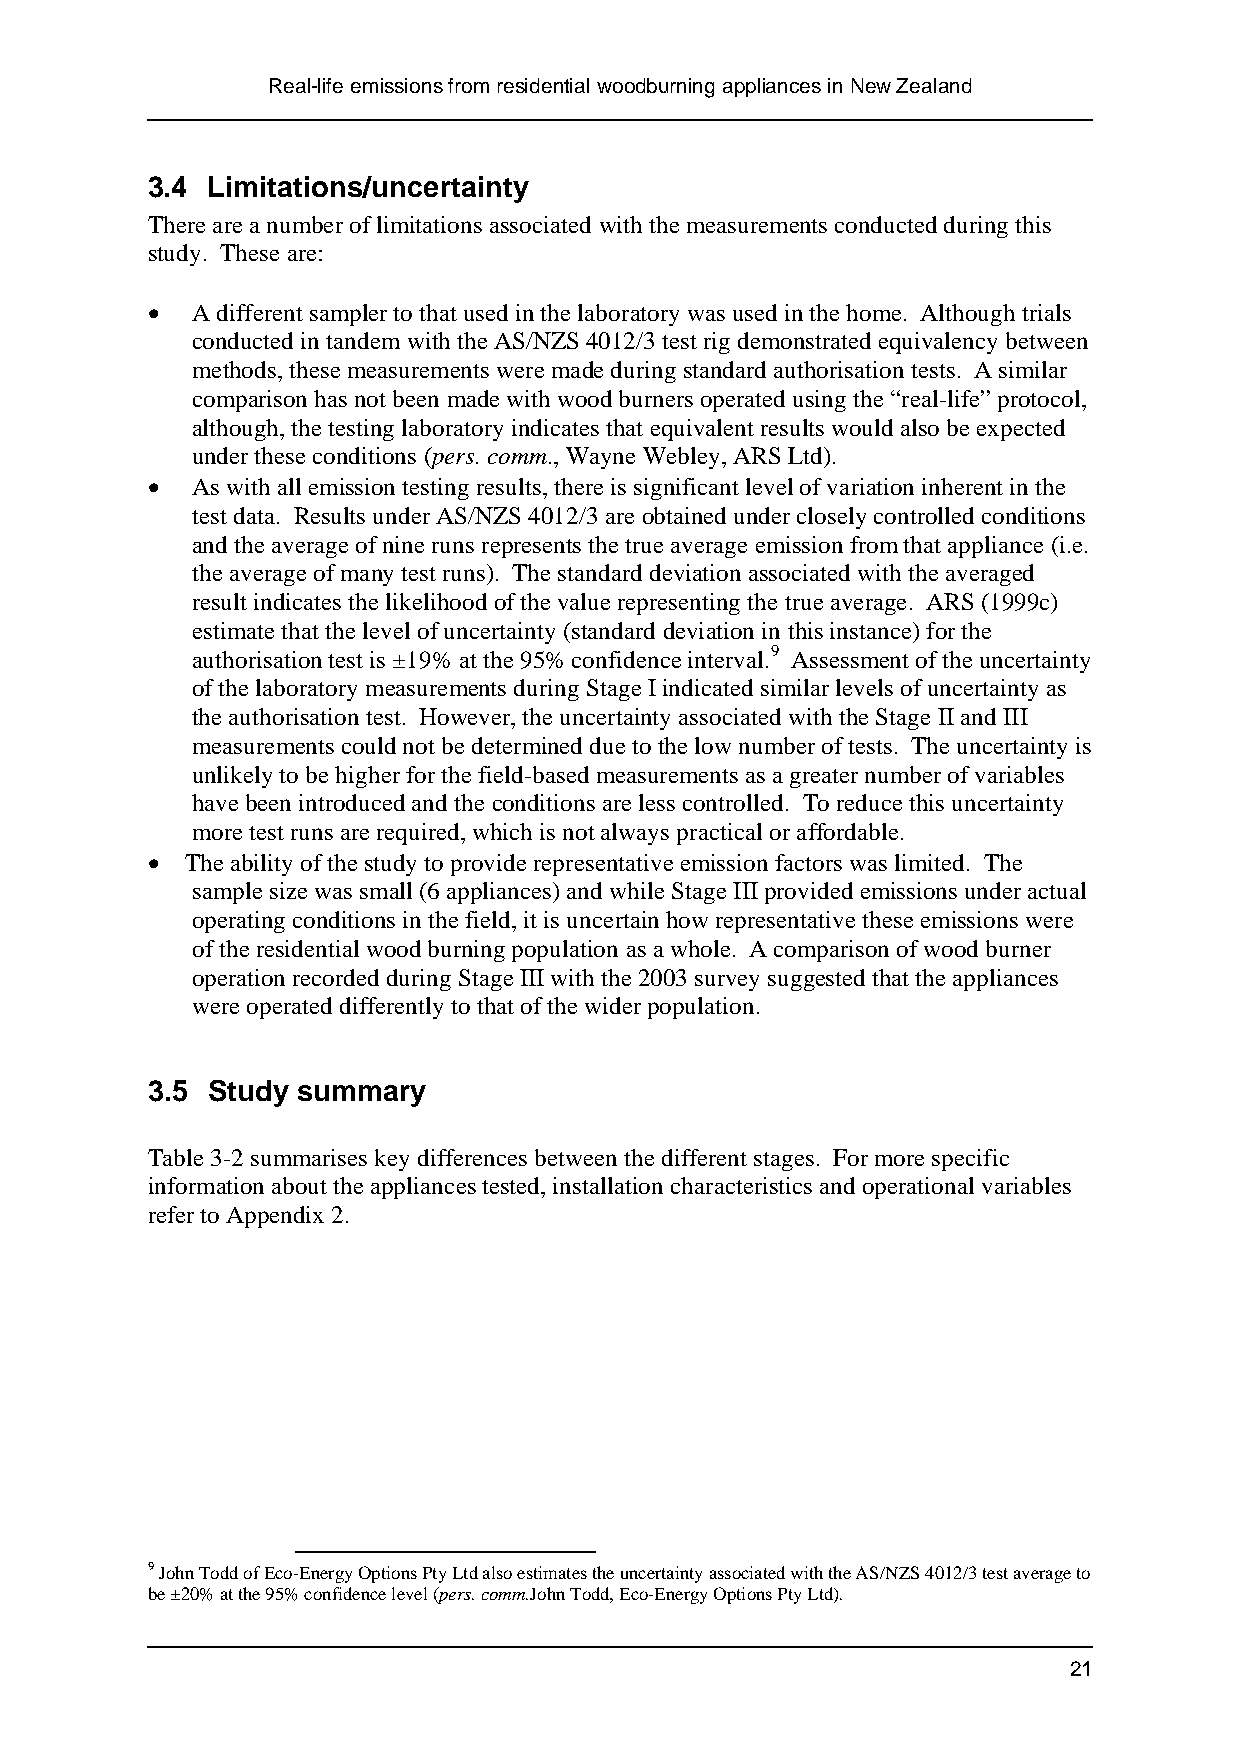
Real-life emissions from residential woodburning appliances in New Zealand
 3.4 Limitations/uncertainty
 There are a number of limitations associated with the measurements conducted during this
 study. These are:
 •  A different sampler to that used in the laboratory was used in the home. Although trials
 conducted in tandem with the AS/NZS 4012/3 test rig demonstrated equivalency between
 methods, these measurements were made during standard authorisation tests. A similar
 comparison has not been made with wood burners operated using the “real-life” protocol,
 although, the testing laboratory indicates that equivalent results would also be expected
 under these conditions (pers. comm., Wayne Webley, ARS Ltd).
 •  As with all emission testing results, there is significant level of variation inherent in the
 test data. Results under AS/NZS 4012/3 are obtained under closely controlled conditions
 and the average of nine runs represents the true average emission from that appliance (i.e.
 the average of many test runs). The standard deviation associated with the averaged
 result indicates the likelihood of the value representing the true average. ARS (1999c)
 estimate that the level of uncertainty (standard deviation in this instance) for the
 authorisation test is ±19% at the 95% confidence interval.9 Assessment of the uncertainty
 of the laboratory measurements during Stage I indicated similar levels of uncertainty as
 the authorisation test. However, the uncertainty associated with the Stage II and III
 measurements could not be determined due to the low number of tests. The uncertainty is
 unlikely to be higher for the field-based measurements as a greater number of variables
 have been introduced and the conditions are less controlled. To reduce this uncertainty
 more test runs are required, which is not always practical or affordable.
 • The ability of the study to provide representative emission factors was limited. The
 sample size was small (6 appliances) and while Stage III provided emissions under actual
 operating conditions in the field, it is uncertain how representative these emissions were
 of the residential wood burning population as a whole. A comparison of wood burner
 operation recorded during Stage III with the 2003 survey suggested that the appliances
 were operated differently to that of the wider population.
 3.5 Study summary
 Table 3-2 summarises key differences between the different stages. For more specific
 information about the appliances tested, installation characteristics and operational variables
 refer to Appendix 2.
 9 John Todd of Eco-Energy Options Pty Ltd also estimates the uncertainty associated with the AS/NZS 4012/3 test average to
 be ±20% at the 95% confidence level (pers. comm.John Todd, Eco-Energy Options Pty Ltd).
 21